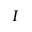
I